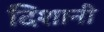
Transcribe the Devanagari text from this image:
दिशानी